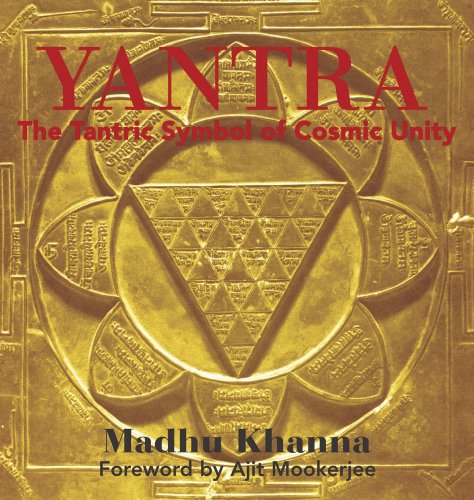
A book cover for Yantra: The Tantric Symbol of Cosmic Unity; Madhu Khanna; Arts & Photography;